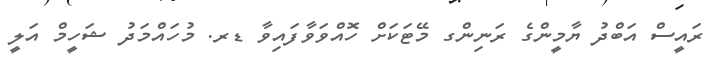
ރައީސް އަބްދު ޔާމީންގެ ރަނިންގ މޭޓަކަށް ހޮއްވަވާފައިވާ ޑރ. މުހައްމަދު ޝަހީމް އަލީ